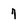
Character: 7